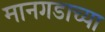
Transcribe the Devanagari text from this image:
मानगडाच्या